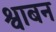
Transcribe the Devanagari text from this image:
श्वाबन